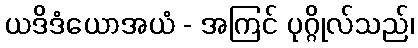
ယဒိဒံယောအယံ - အကြင် ပုဂ္ဂိုလ်သည်၊